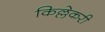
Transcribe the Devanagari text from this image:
किल्लेकरी